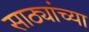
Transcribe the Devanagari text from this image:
साठ्यांच्या